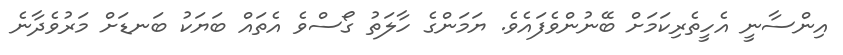
އިންސާނީ އެހީތެރިކަމަށް ބޭނުންވެފައެވެ. ޔަމަންގެ ހާލަތު ގޯސްވެ އެތައް ބަޔަކު ބަނޑަށް މަރުވެދާނެ